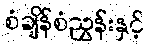
စံချိန်စံညွှန်းနှင့်